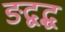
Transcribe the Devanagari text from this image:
ङद्वद्ध